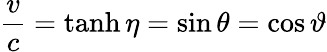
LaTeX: {\frac{v}{c}}=\operatorname{tanh}\eta=\sin\theta=\cos\vartheta